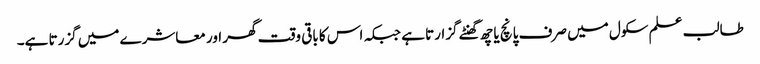
طالب علم سکول میں صرف پانچ یا چھ گھنٹے گزارتا ہے جبکہ اس کا باقی وقت گھر اور معاشرے میں گزرتا ہے۔